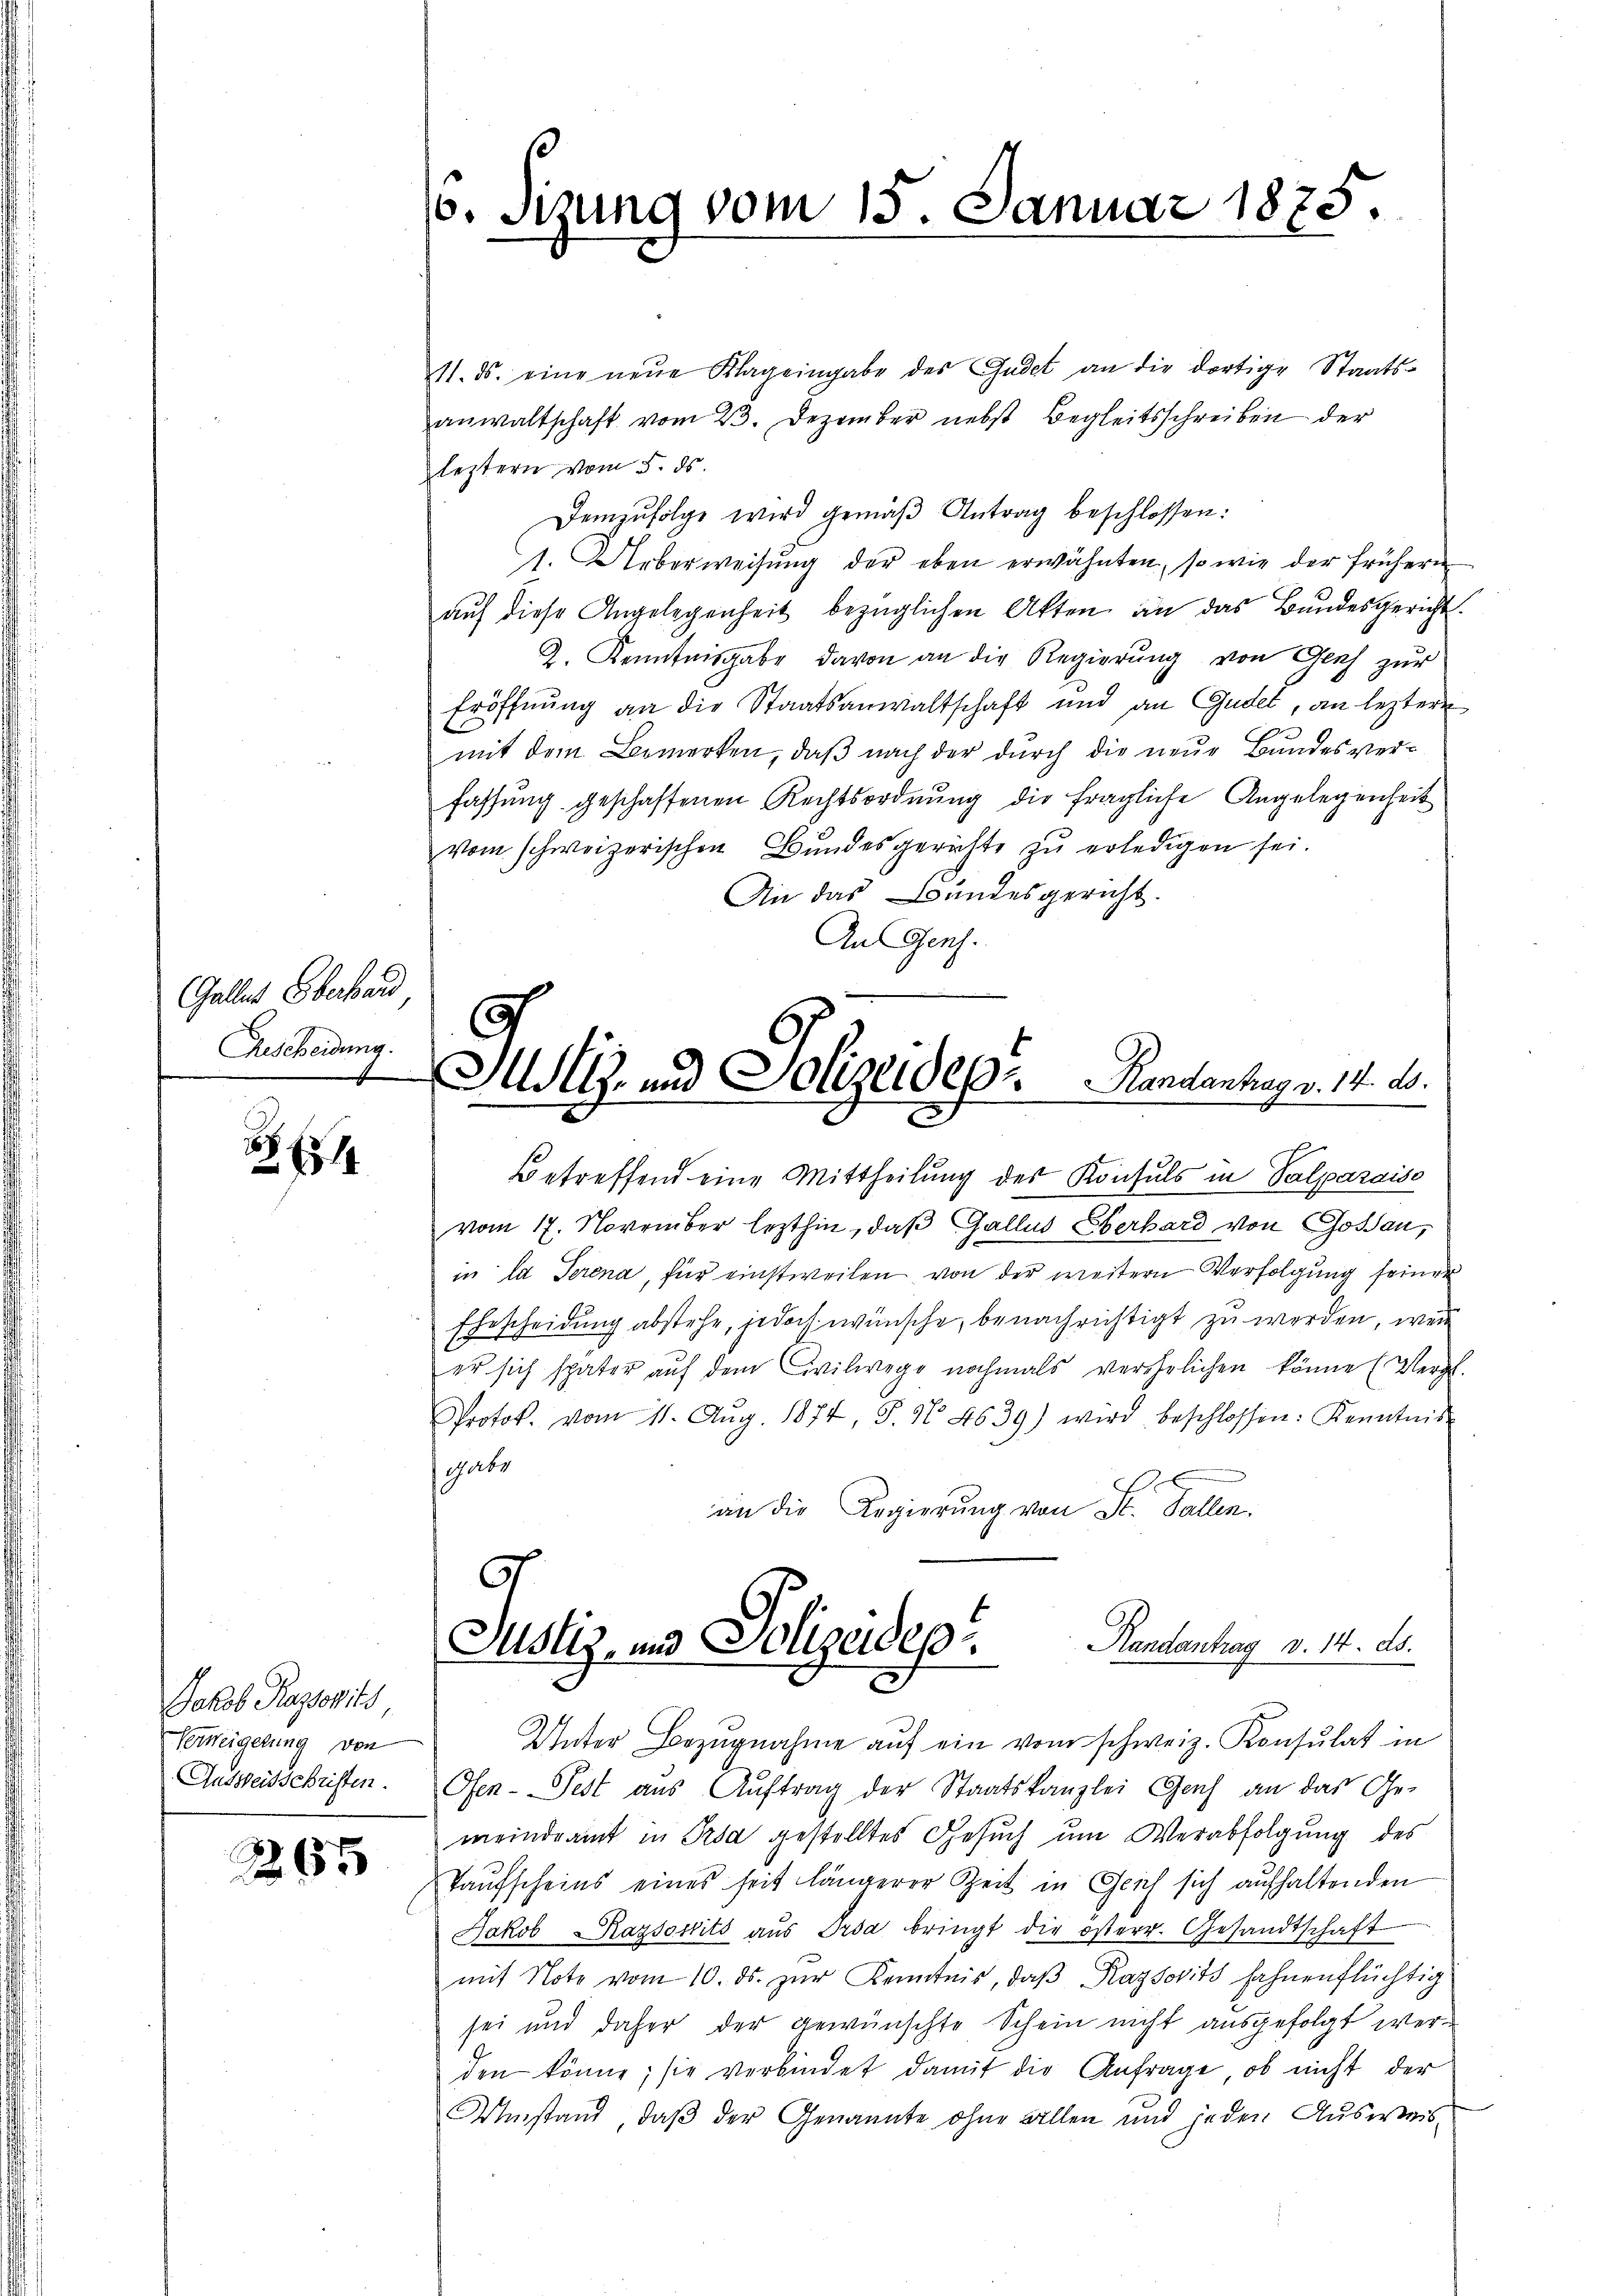
GGalles Oberband
Gescheidung.

Jakob Rassowitz
Verweigerung von
Ausweisschriften.

265

/6. Sizung vom 15. Januar 1875.

11. ds. eine neŭe Klageingabe des Gadet an die dortige Staats-
anwaltschaft vom 23. Dezember nebst Begleitsschreiben der
leztern vom 5. ds.
Demzufolge wird gemäβ Antrag beschlossen:
1. Ueberweisung der eben erwähnten, so wie der frühern
auf diese Angelegenheit bezüglichen Akten an das Bundesgericht.
2. Kenntnisgabe davon an die Regierung von Genf zur
Eröffnung an die Staatsanwaltschaft und an Gudel, an leztere
mit dem Bemerken, daβ nach der dŭrch die neŭe Bundesver-
fassung geschaffenen Rechtsordnung die fragliche Angelegenheit
vom schweizerischen Bundesgerichte zŭ erledigen sei.
An das Bandesgericht.
An Genf.

Justiz- und Polizeidepa.   Handentrag v. 14. A.

Betreffend eine Mittheilung des Konsuls in Valparaise
vom 17. November lezthin, daß Gallus Eberhard von Goßau,
in la Serena, für einstweilen von der weitern Verfolgung seiner
Ehescheidung abstehe, jedoch wünsche, benachrichtigt zu werden, wenn
er sich später aŭf dem Civilwege nochmals verehelichen könne (Vergl.
Protok. vom 11. Aŭg. 1874, S. N. 4639) wird beschlossen: Kenntnis
Gabr
an die Regierung von St. Gallen.
Unter Bezŭgnahme aŭf ein vom schweiz. Konsulat in
Ofen-Pest aus Auftrag der Staatskanzlei Genf an das Ge-
meindrait in Prsd gestelltes Gesŭch ŭm Verabfolgŭng des
Taufscheins eines heit längerer Zeit in Geich sich aufhaltenden
Jakob Razsostito aŭs Irda bringt die österr. Gesandtschaft
mit Note vom 10. ds. zŭr Kenntnis, daβ Kaysovits fahnenflüchtig
sei und daher der gewünschte Schein nicht ausgefolgt werden könne; sie verbindet damit die Anfrage, ob nicht der
Umstand, daß der Genannte ohne allen und jeden Ausweis-

Randantrag v. 14. ds.
Justiz, und Polizeidep